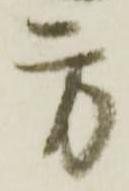
方